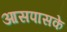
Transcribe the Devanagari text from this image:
आसपासके